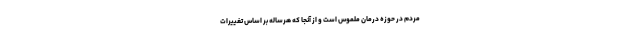
مردم در حوزه درمان ملموس است و از آنجا که هرساله بر اساس تغییرات